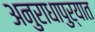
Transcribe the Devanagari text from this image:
अनुराधापुऱ्यात